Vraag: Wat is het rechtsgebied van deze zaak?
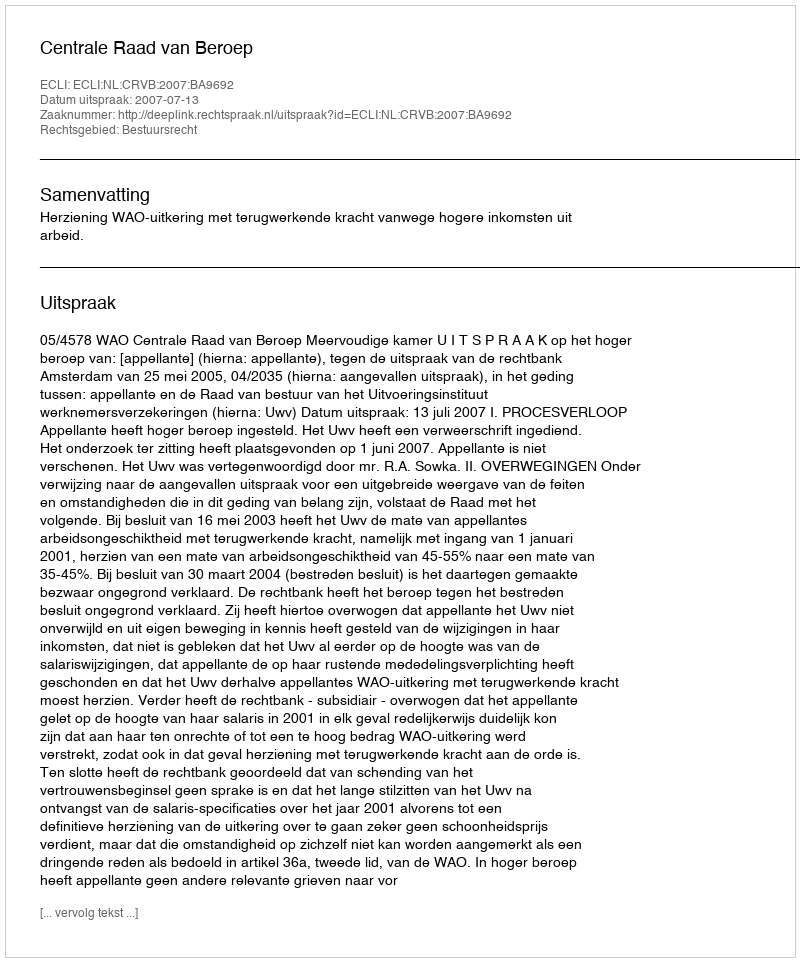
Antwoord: Bestuursrecht